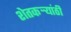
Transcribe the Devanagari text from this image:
शेतकऱ्र्‍यांठी